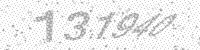
Solution: 131940